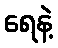
ရေနဲ့